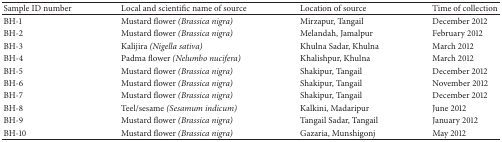
<table><thead><tr><td><b>Sample ID number</b></td><td><b>Local and scientific name of source</b></td><td><b>Location of source</b></td><td><b>Time of collection</b></td></tr></thead><tbody><tr><td>BH-1</td><td>Mustard flower <i>(Brassica nigra) </i></td><td>Mirzapur, Tangail</td><td>December 2012</td></tr><tr><td>BH-2</td><td>Mustard flower <i>(Brassica nigra) </i></td><td>Melandah, Jamalpur</td><td>February 2012</td></tr><tr><td>BH-3</td><td>Kalijira <i>(Nigella sativa) </i></td><td>Khulna Sadar, Khulna</td><td>March 2012</td></tr><tr><td>BH-4</td><td>Padma flower <i>(Nelumbo nucifera) </i></td><td>Khalishpur, Khulna</td><td>March 2012</td></tr><tr><td>BH-5</td><td>Mustard flower <i>(Brassica nigra) </i></td><td>Shakipur, Tangail</td><td>December 2012</td></tr><tr><td>BH-6</td><td>Mustard flower <i>(Brassica nigra) </i></td><td>Shakipur, Tangail</td><td>November 2012</td></tr><tr><td>BH-7</td><td>Mustard flower <i>(Brassica nigra) </i></td><td>Shakipur, Tangail</td><td>December 2012</td></tr><tr><td>BH-8</td><td>Teel/sesame <i>(Sesamum indicum) </i></td><td>Kalkini, Madaripur</td><td>June 2012</td></tr><tr><td>BH-9</td><td>Mustard flower <i>(Brassica nigra) </i></td><td>Tangail Sadar, Tangail</td><td>January 2012</td></tr><tr><td>BH-10</td><td>Mustard flower <i>(Brassica nigra) </i></td><td>Gazaria, Munshigonj</td><td>May 2012</td></tr></tbody></table>